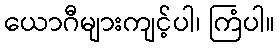
ယောဂီများကျင့်ပါ၊ ကြံပါ။